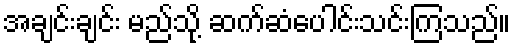
အချင်းချင်း မည်သို့ ဆက်ဆံပေါင်းသင်းကြသည်။